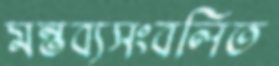
মন্তব্যসংবলিত